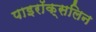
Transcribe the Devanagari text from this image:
पाइरॉक्सलिन